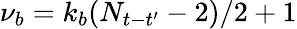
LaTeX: \nu_{b}=k_{b}(N_{t-t^{\prime}}-2)/2+1